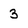
Character: 3